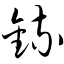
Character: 锍